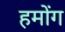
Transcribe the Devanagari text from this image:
हमोंग